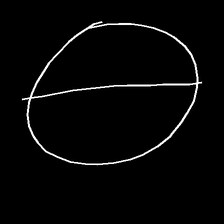
Glyph: orb